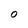
Character: 0